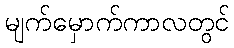
မျက်မှောက်ကာလတွင်